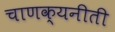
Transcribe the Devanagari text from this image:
चाणक्यनीती